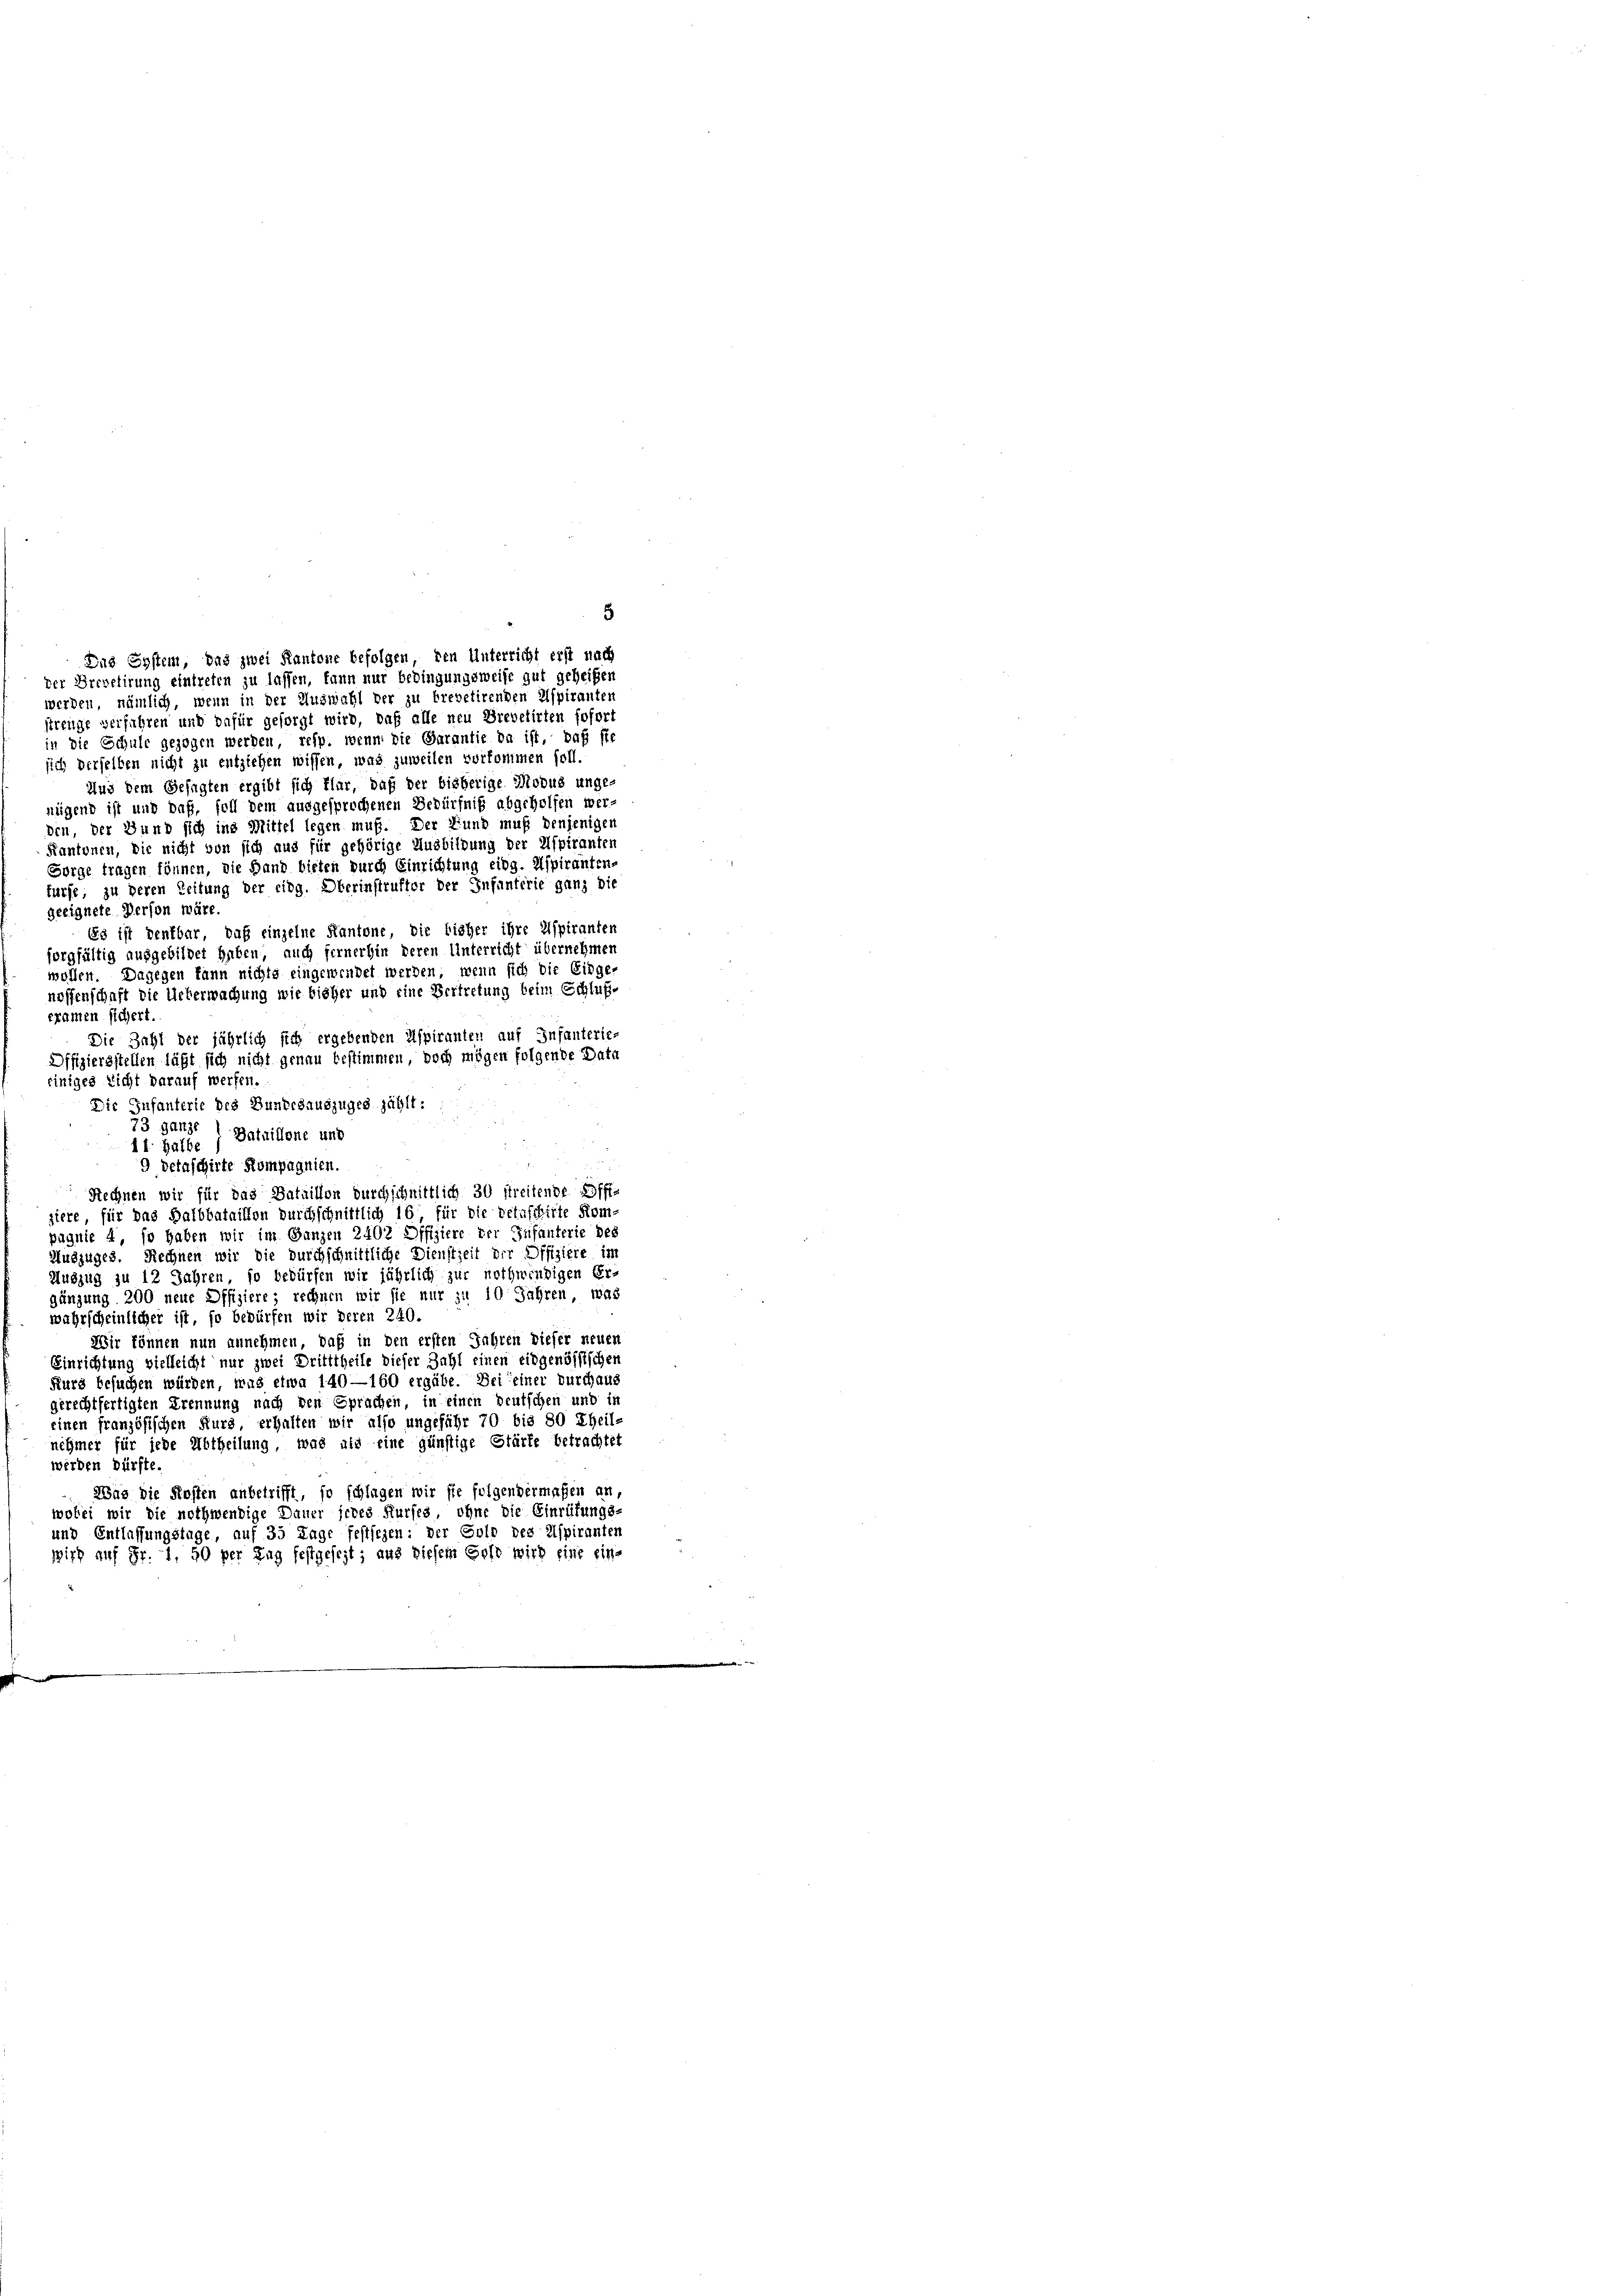
strenge verfahren und dafür gesorgt wird, daß alle neu Brevetirten sofort
in die Schule gezogen werden, resp. wenn die Barantie da ist, daß sie
sich derselben nicht zu entziehen wissen, was zuweilen vorkommen soll.
Aus dem Gesagten ergibt sich klar, daß der bisherige Modus unge-
nügend ist und daß, foll dem ausgesprochenen Bedürfniß abgeholfen werden, der Bund sich ins Mittel legen muß. Der Fund muß denjenigen
Kantonen, die nicht von sich aus für gehörige Ausbildung der Aspiranten
Sorge tragen können, die Hand bieten durch Einrichtung eidg. Aspiranten-
türse, zu deren Zeitung der eidg. Oberinstrufter der Infanferie ganz die
geeignete Person wäre
Es ist denkbar, daß einzelne Kantone, die bisher ihre Aspiranten
forgfältig aufgebildet haben, auch fernerhin deren Unterricht übernehmer
wollen. Dagegen kann nichts eingewendet werden; wenn sich die Eidge-
nossenschaft die Ueberwachung wie bisher und eine Vertretung beim Schlußexamen sichert.
Die Zahl der jährlich sich ergebenden Aspiranten auf Infanterie-
Offiziersstellen läßt sich nicht genau bestimmen, doch mögen folgende Data
einiges Licht darauf werfen.
Die Infanterie des Bundesauszuges zählt:
73 ganze
1t. halbe ) Bataillone und
e
9 detaschirte Kompagnien.
Rechnen wir für das Dataillon durchschnittlich 30 streitende Affi-
ziere, für das Halbbataillon durchschnittlich 16 für die Detaschirte Kom-
puquie 4, so haben wir im Ganzen 2402 Offiziere der Infanterie des
Auszuges. Rechnen wir die durchschnittliche Dienstzeit der Offiziere im
Auszug zu 12 Jahren, so bedürfen wir jährlich zur nothwendigen Er-
gänzung 200 neue Offiziere; rechnen wir sie nur zu 10 Jahren, was
wahrscheinlicher ist, so bedürfen wir deren 240.
Wir können nun annehmen, daß in den ersten Jahren dieser neuen
Einrichtung vielleicht nur zwei Dritttheile dieser Zahl einen eidgenössischen
Kurs besuchen würden, was etwa 140—160 ergäbe. Bei einer durchaus
gerechtfertigten Trennung nach den Sprachen, in einen deutschen und in
einen französischen Kurz erhalten wir also ungefähr 70 bis 80 Theil-
nehmer für jede Abtheilung, was als eine günstige Stärte betrachtet
werden dürfte.
Was die Kosten anbetrifft, so schlagen wir sie folgendermaßen an,
wobei wir die nothwendige Dauer heres Kurfes, ohne die Einrüfungs-
und Entlassungstage, auf 35 Tage festsezen: der Sold des Aspiranten
wird auf Fr. 1, 50 per Tag festgesezt; aus diesem Sold wird eine eine

5
Das System, das zwei Kantone befolgen, den Unterricht erst nach
der Brevetirung eintreten zu lassen, kann nur bedingungsweise gut geheißen
werden, nämlich, wenn in der Auswahl der zu brevetirenden Aspiranter